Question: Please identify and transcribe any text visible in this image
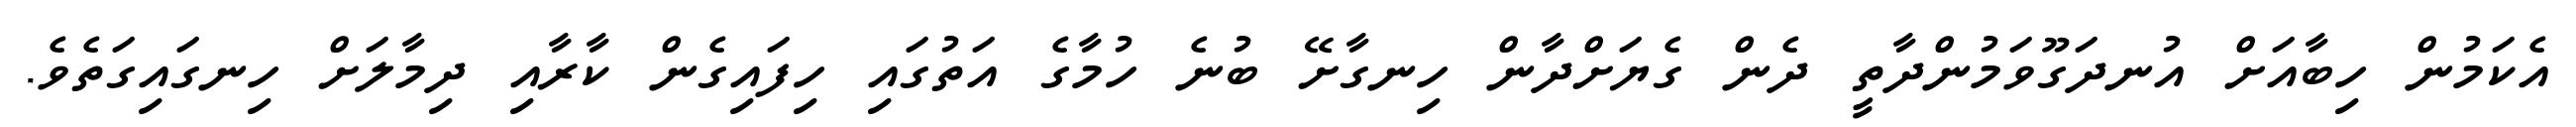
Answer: އެކަމުން ހިބާއަށް އުނދަގޫވަމުންދާތީ ދެން ގެޔަށްދާން ހިނގާށޭ ބުނެ ހުމާގެ އަތުގައި ހިފައިގެން ކާރާއި ދިމާލަށް ހިނގައިގަތެވެ.